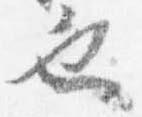
也